Annual report of the Punjab Veterinary College and of the Civil Veterinary Department, Punjab - 1926-1932
Year: 1926
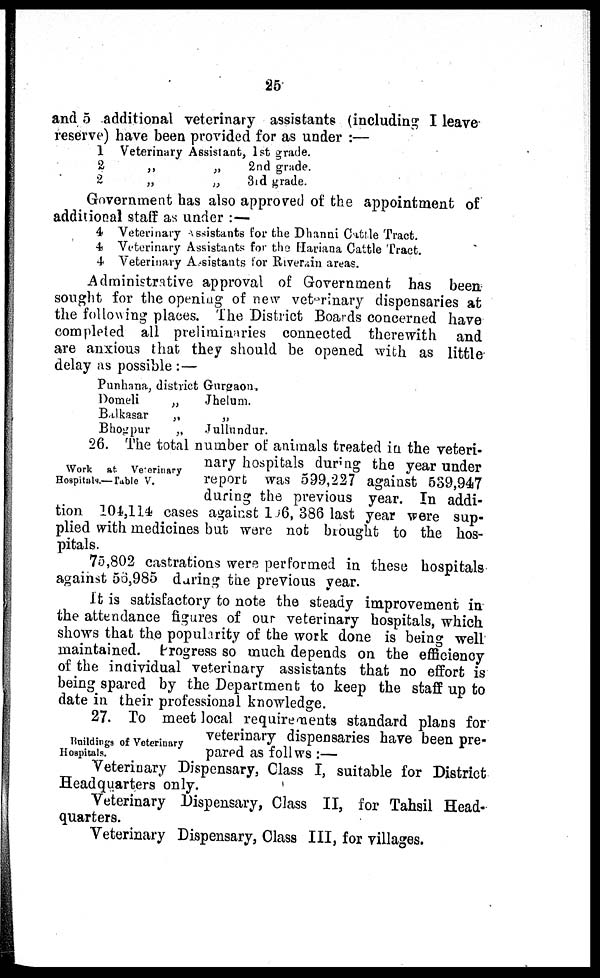
25
and 5 additional veterinary assistants (including I leave
reserve) have been provided for as under:—
1
2
2
Veterinary Assistant,
„ „
„
„
1st grade.
2nd grade.
3rd grade.
Government has also approved of the appointment of
additional staff as under:—
4
4
4
Veterinary Assistants for the Dhanni Cattle Tract.
Veterinary Assistants for the Hariana Cattle Tract.
Veterinary Assistants for Riverain areas.
Administrative approval of Government has been
sought for the opening of new veterinary dispensaries at
the following places. The District Boards concerned have
completed all preliminaries connected therewith and
are anxious that they should be opened with as little
delay as possible:—
Punhnna,
Domeli
Balkasar
Bhogpur
district
„
„
„
Gurgaon.
Jhelum.
„
Jullundur.
Work
at
Veterinary
Hospitals.—Table V.
26. The total number of animals treated in the veteri-
nary hospitals during the year under
report was 599,227 against 539,947
during the previous year. In addi-
tion 104,114 cases against 166,386 last year were sup-
plied with medicines but were not brought to the hos-
pitals.
75,802 castrations were performed in these hospitals
against 56,985 during the previous year.
It is satisfactory to note the steady improvement in
the attendance figures of our veterinary hospitals, which
shows that the popularity of the work done is being well
maintained. Progress so much depends on the efficiency
of the individual veterinary assistants that no effort is
being spared by the Department to keep the staff up to
date in their professional knowledge.
Buildings of Veterinary
Hospitals.
27. To meet local requirements standard plans for
veterinary dispensaries have been pre-
pared as follws:—
Veterinary Dispensary, Class I, suitable for District
Headquarters only.
Veterinary Dispensary, Class II, for Tahsil Head-
quarters.
Veterinary Dispensary, Class III, for villages.